Insane asylums in Bengal annual reports 1876-1887 - 1876-1887
Year: 1876
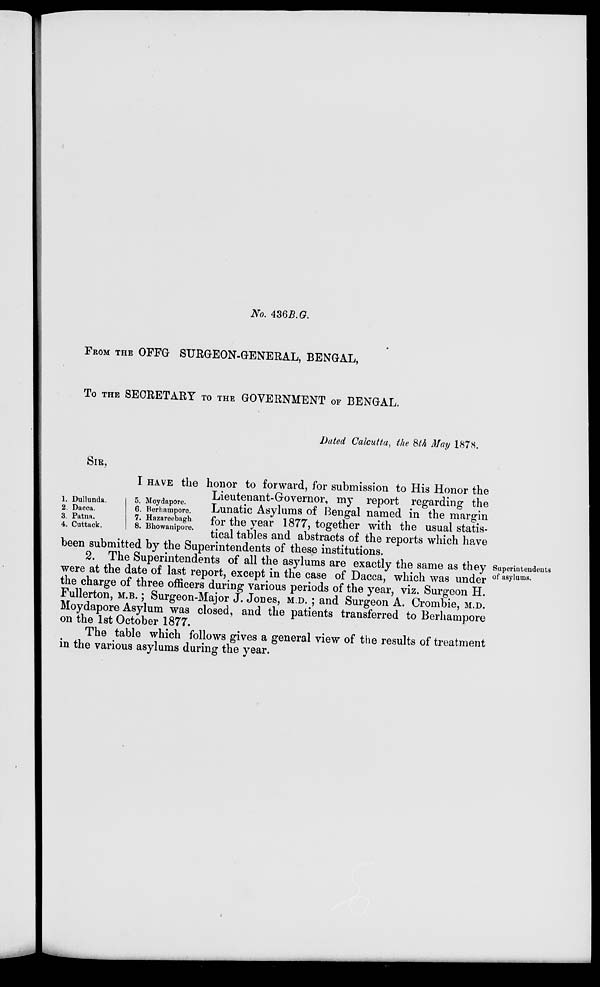
No. 436B.G.
FROM THE OFFG SURGEON-GENERAL, BENGAL,
To THE SECRETARY TO THE GOVERNMENT OF BENGAL.
Dated Calcutta, the 8th May 1878.
1. Dullunda.
2. Dacca.
3. Patna.
4. Cuttack.
5. Moydapore.
6. Berhampore.
7. Hazareebagh
8. Bhowanipore.
SIR,
I HAVE the honor to forward, for submission to His Honor the
Lieutenant-Governor, my report regarding the
Lunatic Asylums of Bengal named in the margin
for the year 1877, together with the usual statis-
tical tables and abstracts of the reports which have
been submitted by the Superintendents of these institutions.
Superintendents
of asylums.
2. The Superintendents of all the asylums are exactly the same as they
were at the date of last report, except in the case of Dacca, which was under
the charge of three officers during various periods of the year, viz. Surgeon H.
Fullerton, M.B.; Surgeon-Major J. Jones, M.D.; and Surgeon A. Crombie, M.D.
Moydapore Asylum was closed, and the patients transferred to Berhampore
on the 1st October 1877.
The table which follows gives a general view of the results of treatment
in the various asylums during the year.